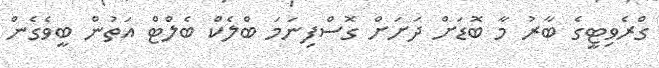
ގްރެވިޓީގެ ބާރު މާ ބޮޑަށް ދަށަށް ގޮސްފިނަމަ ބްލެކް ބެލްޓް އަތުން ބީވެގެން